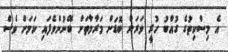
އެ މިސްކިތުގެ ގުއްބު ހުރީ ވަރަށް ބޮޑަށް މަރާމާތަށް ބޭނުންވެފައި ކަމަށް ވެސް